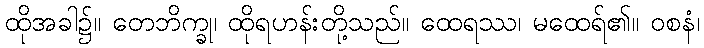
ထိုအခါ၌။ တေဘိက္ခု၊ ထိုရဟန်းတို့သည်။ ထေရဿ၊ မထေရ်၏။ ဝစနံ၊